Vital statistics of India. Vol. IV, Annual returns from 1871 to 1876. British Army of India, Native Army and jails of Bengal
Year: 1871
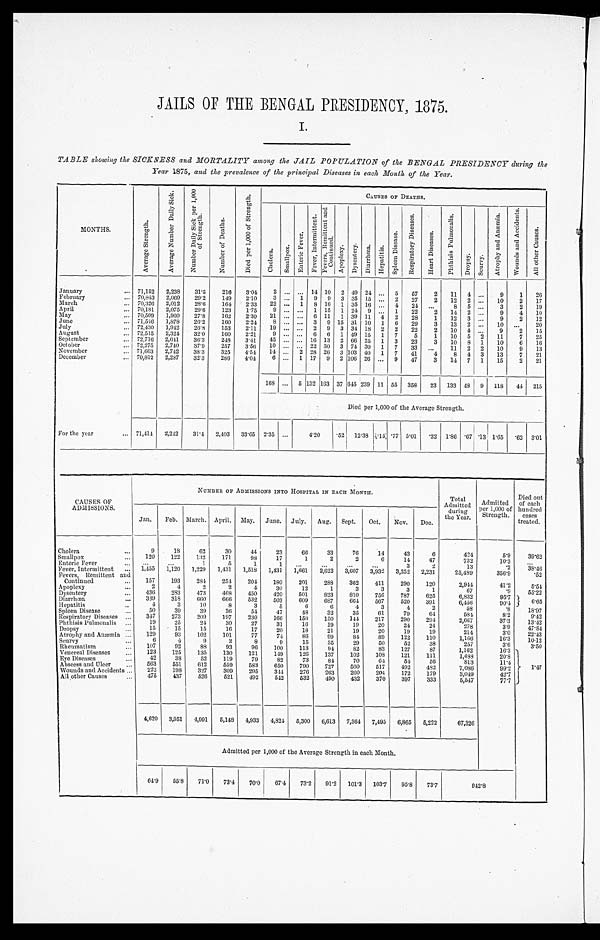
JAILS OF THE BENGAL PRESIDENCY, 1875.
I.
TABLE showing the SICKNESS and MORTALITY among the JAIL POPULATION of the BENGAL PRESIDENCY during the
Year 1875, and the prevalence of the principal Diseases in each Month of the Year.
M O N T H S .
A v e r a g e S t r e n g t h .
A v e r a g e N u m b e r D a i l y S i c k .
N u m b e r D a i l y S i c k p e r 1 , 0 0 0 o f S t r e n g t h .
N u m b e r o f D e a t h s .
D i e d p e r 1 , 0 0 0 o f
S t r e n g t h . .
CAUSES OF DEATHS.
C h o l e r a .
S m a l l p o x .
E n t e r i c F e v e r . F e v e r , I n t e r m i t t e n t .
F v e r e s , R e m i t t e n t a n d C o n t i n u e d .
A p o p l e x y .
D y s e n t e r y .
D i a r r h œ a .
H e p a t i t i s .
S p l e e n D i s e a s e . R e s p i r a t o r y D i s e a s e s .
H e a r t D i s e a s e s .
P h t h s i s P u l m o n a l i s .
D r o p s y . S c u r v y .
A t r o p h y a n d A n æ m i a .
W o u n d s a n d A c c i d e n t s .
A l l o t h e r C a u s e s .
January
... 71,152 2,238
31.5
216
3.04
2 ... ... 14 10 2 49 24 ... 5
57
2
11 4 ...
9
1
26
February
... 70,843 2,069
29.2
149
2.10
3 ... 1 9 9 3 35 15 ... 2
27
2
12 2 ...
10
2
17
March
... 70,326 2,012
28.6
164
2.33
22 ... 1 8 16 1 35 16 ... 4
24 ...
8 5 ...
3
2
19
April
... 70,181 2,075
29.6
123
1.75
9 ... ... 1 15 1 24 9 ... 1
22
2
14 2 ...
9
4
10
May
70,509 1,960
27.8
162
2.30 21 ... ... 6 11 1 39 11 4 2
28
1
12 3 ...
9
2
12
June
... 71,546 1,878
26.2
160
2.24
8 ... ... 3 9 15 31 10 1
6 29
3
13 2 ...
10 ...
20
July
... 72,430 1,942
26.8
153
2.11
19 ... ... 2 9 3 34 18 2 2
22
2
10 4 ...
9
2
15
August
72,515 2,324 32.0
160
2.21
9 ... ...
6 6 1 49 15 1 7
5
1
10 5 2
11
7
25
Sept ember
... 72,716 2,641
36.3
248 3.41
45 ... ... 16 13 2 66 25 1 3
23
3
10
8 1
10
6
16
October
... 72,275 2,740
37.9
257
3.56
10 ... ... 22 30 3 74 30 1 7
33 ...
11 2 2
10
9
13
November
.. 71,663 2,742
38.3
325
4.54 14 ... 2 28 26 3 103 40 1 7
41
4
8 4 3
13
7
21
December
... 70,812 2,287
32.3
286
4.04
6 ... 1 17 9 2 106 26 ... 9
47
3
14 7 1
15
2
21
168
. . . ... 5 132 163 37 645 239 11 55 358
23 133 48 9 118
44 215
Died per 1,000 of the Average Strength.
For the year
... 71,414 2,242
31.4 2,403 33.65 2.35 ...
4.20
. 5 2 12.38
. 1 5 .77 5.01 .32 1.86 .67 .13 1.65 .62 3.01
CAUSES OF
ADMISSIONS.
NUMBER OF ADMISSIONS INTO HOSPITAL IN EACH MONTH.
Total
Admitted
during
the Year.
Admitted
Per 1 000 of
Strength.
Died out
of each
hundred
cases
treated.
Jan.
Feb. March. April. May. June. July. Aug. Sept.
Oct.
Nov.
Dec.
Cholera
. . .
9
18
62
30
44
23
66
33
76
14
43
6
424
5.9
39.62
Smallpox
. . . 120
122
1.32
171
98
17
1
2
2
6
14
47
732
10.3
...
Enteric Fever
. . .
. . .
...
1
5
1
1
. . .
...
...
...
3
2
13
.2
38.46
Fever, Intermittent
. . . 1,455 1,120 1,229 1,431 1,518 1,431 1,661 2,622 3,607 3,932 3,252 2,231
25,439
356.9
.52
Fevers, Remittent and
Continued
. . . 157
193
284
254
204
180
201
288
362
411
290
120
2,944
41.2
5. 54
Apoplexy
. . .
2
4
2
2
4
30
12
1
3
3
3
1
67
. 9
55.22
Dysentery
...
436
283
473
468
450
420
501
823
810
756
787
625
6,832
95.7
6 . 6 5
Diarrhœa
...
339
318
6 6 0
666
532
503
609
687
664
567
520
391
6,456
90.4
Hepatitis
. . .
4
3
10
8
3
5
6
6
4
3
4
2
58
.8
18.97
Spleen Disease
. . . 50
39
39
36
54
47
48
32
35
61
79
64
584
8.2
9. 42
Respiratory Diseases
...
347
273
209
197
230
166
150
150
144
217
290
294
2,667
37.3
13.42
Phthisis Pulmonalis ...
19
25
24
30
27
31
16
19
19
20
24
24
278
3.9
47.84
Dropsy
15
15
15
16
17
20
18
21
19
20
19
19
214
3.0
22.43
Atrophy and Anæmia
...
129
93
102
101
77
74
86
99
84
89
122
110
1,166
16.3
10.12
Scurvy
...
6
4
9
2
8
9
15
35
29
50
52
38
257
3.6
3.50
Rheumatism
...
107
92
83
93
96
100
113
94
82
83
127
87
1,162
16.3
1. 47
Venereal Diseases
...
123
125
135
130
121
149
126
137
102
108
121
111
1,483
20.8
Eye Diseases
...
42
38
52
119
79
82
73
84
70
64
54
56
813
11.4
Abscess and Ulcer
. . . 563
551
612
559
583
650
790
727
560
517
492
482
7,086
99.2
Wounds and Accidents ...
222
198
327
309
295
344
276
263
260
204
172
179
3,049
42.7
All other Causes
...
475
437
526
521
492
542
532
490
432
370
397
333
5,517
77.7
4,620 3,951 4,991 5,148 4,933 4,824 5,300 6,613 7,364 7,495 6,865 5,222
67,326
Admitted per 1,000 of the Average Strength in each Month.
64'9
55.8
71.0
73.4
70.0
67.4
73.2
91.2 101.3 103.7
95.8 73.7
9 4 2 . 8